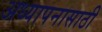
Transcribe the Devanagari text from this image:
अध्यापनासाठी